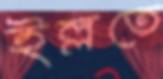
ইল্লতে